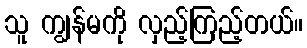
သူ ကျွန်မကို လှည့်ကြည့်တယ်။